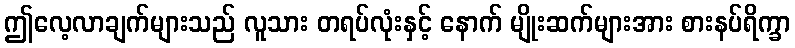
ဤလေ့လာချက်များသည် လူသား တရပ်လုံးနှင့် နောက် မျိုးဆက်များအား စားနပ်ရိက္ခာ